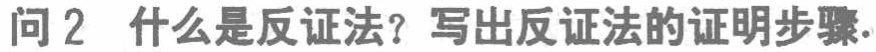
问2 什么是反证法？写出反证法的证明步骤.